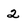
Character: 2